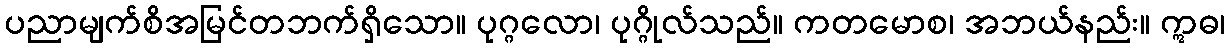
ပညာမျက်စိအမြင်တဘက်ရှိသော။ ပုဂ္ဂလော၊ ပုဂ္ဂိုလ်သည်။ ကတမောစ၊ အဘယ်နည်း။ ဣဓ၊